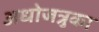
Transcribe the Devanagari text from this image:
अधोजत्रुका